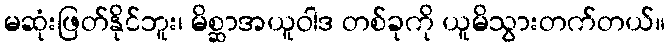
မဆုံးဖြတ်နိုင်ဘူး၊ မိစ္ဆာအယူဝါဒ တစ်ခုကို ယူမိသွားတက်တယ်။